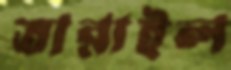
তারাইল